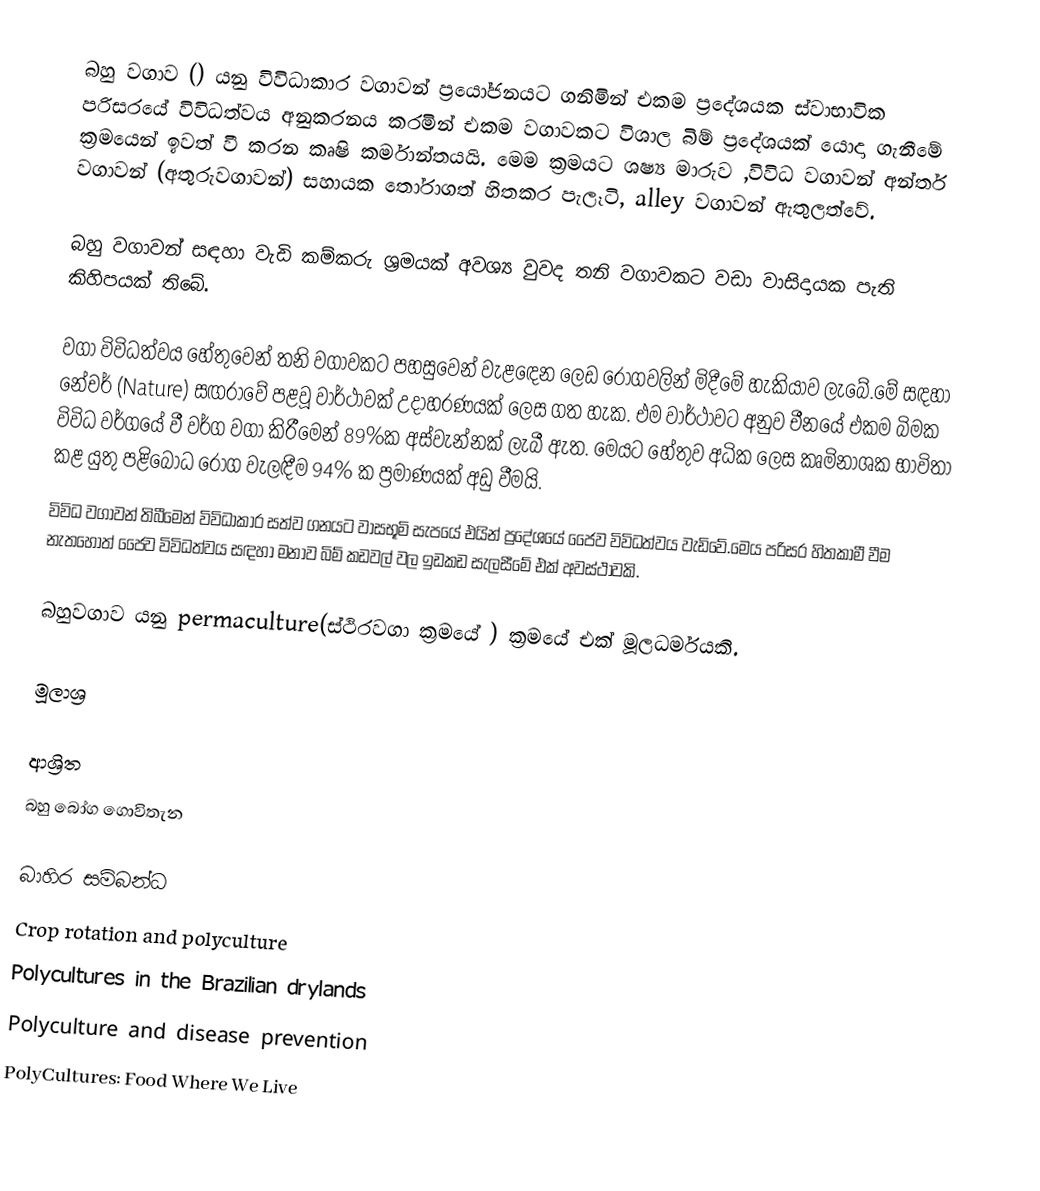
බහු වගාව () යනු විවිධාකාර වගාවන් ප්‍රයෝජනයට ගනිමින් එකම ප්‍රදේශයක ස්වාභාවික පරිසරයේ විවිධත්වය අනුකරනය කරමින් එකම වගාවකට විශාල බිම් ප්‍රදේශයක් යොදා ගැනීමේ ක්‍රමයෙන් ඉවත් වී කරන කෘෂි කර්මාන්තයයි. මෙම ක්‍රමයට ශෂ්‍ය මාරුව ,විවිධ වගාවන් අන්තර් වගාවන් (අතුරුවගාවන්) සහායක තෝරාගත් හිතකර පැලෑටි, alley වගාවන් ඇතුලත්වේ.

බහු වගාවන් සඳහා වැඩි කම්කරු ශ්‍රමයක් අවශ්‍ය වුවද තනි වගාවකට වඩා වාසිදායක පැති කිහිපයක් තිබේ.

වගා විවිධත්වය හේතුවෙන් තනි වගාවකට පහසුවෙන් වැළ‍ඳෙන ලෙඩ රෝගවලින් මිදීමේ හැකියාව ලැබේ.මේ සඳහා නේචර් (Nature) සඟරාවේ පළවූ වාර්ථාවක් උදාහරණයක් ලෙස ගත හැක. එම වාර්ථාවට අනුව චීනයේ එකම බිමක විවිධ වර්ගයේ වී වර්ග වගා කිරීමෙන් 89%ක අස්වැන්නක් ලැබී ඇත. මෙයට හේතුව අධික ලෙස කෘමිනාශක භාවිතා කළ යුතු පළිබෝධ රෝග වැලඳීම 94% ක ප්‍රමාණයක් අඩු වීමයි.
විවිධ වගාවන් තිබීමෙන් විවිධාකාර සත්ව ගනය‍ට වාසභූමි සැපයේ එයින් ප්‍රදේශයේ ජෛව විවිධත්වය වැඩිවේ.මෙය පරිසර හිතකාමී වීම නැතහොත් ජෛව විවිධත්වය සඳහා මනාව බිම් කඩවල් වල ඉඩකඩ සැලසීමේ එක් අවස්ථාවකි.

බහුවගාව යනු permaculture(ස්ථිරවගා ක්‍රමයේ ) ක්‍රමයේ  එක් මූලධර්මයකි.

මූලාශ්‍ර

ආශ්‍රිත
 බහු බෝග ගොවිතැන

බාහිර සම්බන්ධ
 Crop rotation and polyculture
 Polycultures in the Brazilian drylands
 Polyculture and disease prevention
 PolyCultures: Food Where We Live